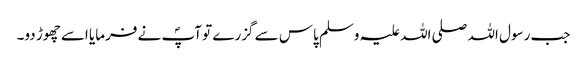
جب رسول اللہ صلی اللہ علیہ وسلم پاس سے گزرے تو آپؐ نے فرمایا اسے چھوڑ دو۔